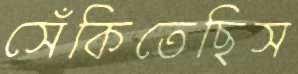
সেঁকিতেছিস